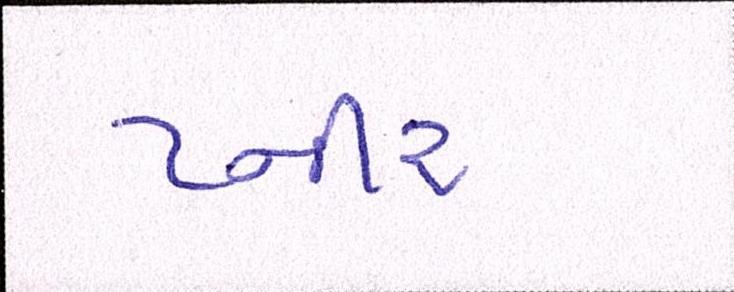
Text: પ્નીર